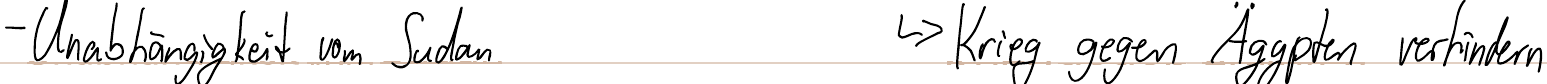
- Unabhängigkeit vom Sudan    -> Krieg gegen Ägypten verhindern